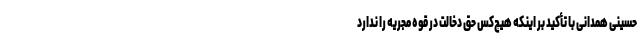
حسینی همدانی با تأکید بر اینکه هیچ‌کس حق دخالت در قوه مجریه را ندارد